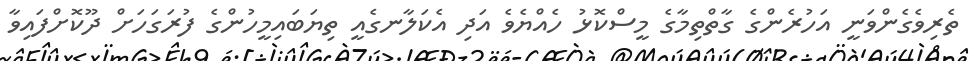
ތެރިވެގެންވަނީ އަހުރެންގެ ގާތްތިމާގެ މީސްކޮޅު ހެއްޔެވެ އަދި އެކަލާނގެއީ ތިޔަބައިމީހުންގެ ފުރަގަހަށް ދޫކޮށްފައިވާ